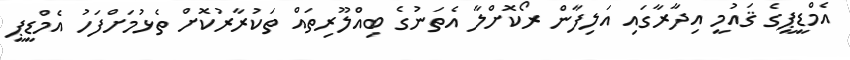
އެމްޑީޕީގެ ޤައުމީ އިދާރާގައި އަލިފާން ރޯކޮށްލާ އެތަނުގެ ބިއްލޫރިތައް ތަކުރާރުކޮށް ތެޅުމަށްފަހު އެމްޑީޕީ